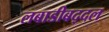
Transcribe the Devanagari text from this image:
लबाडीबद्दल